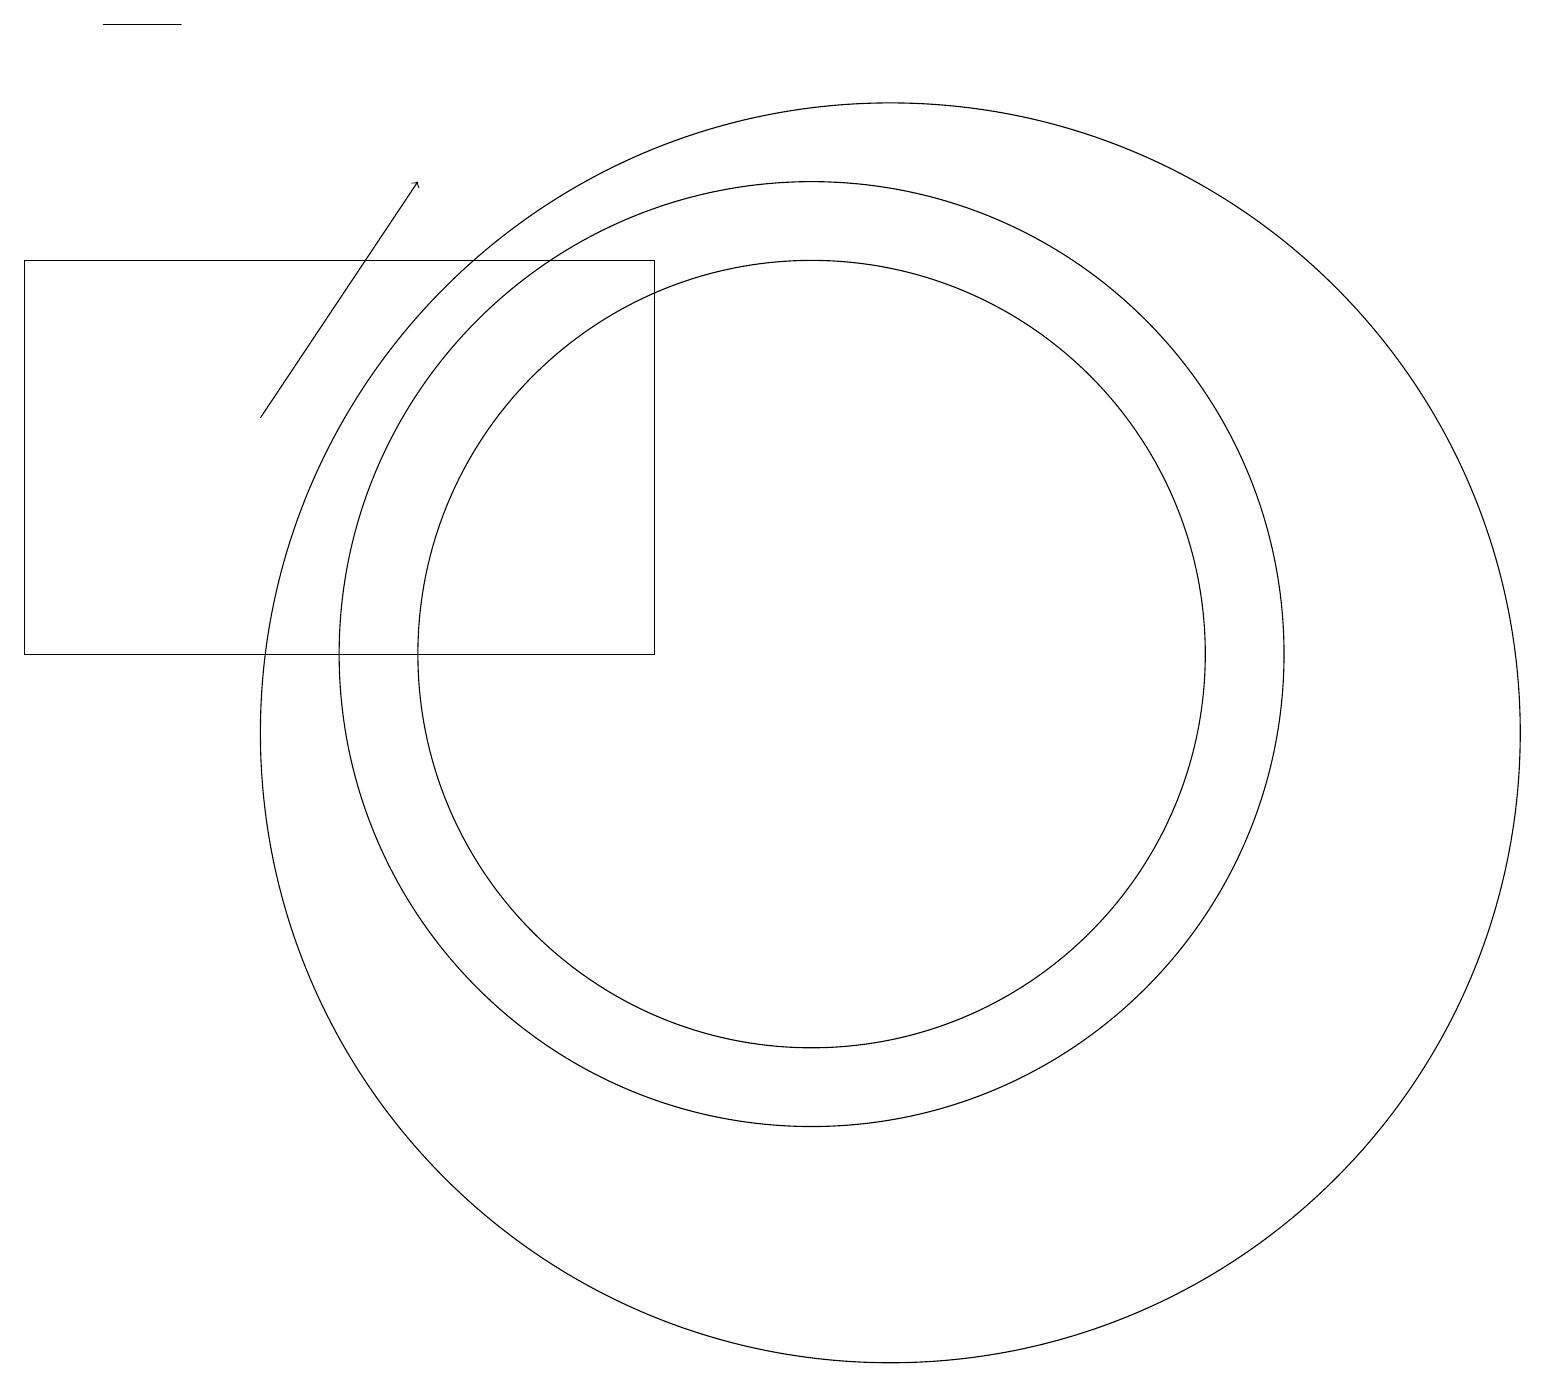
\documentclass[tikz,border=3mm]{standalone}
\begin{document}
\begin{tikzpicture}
\draw (8,11) rectangle (0,16);
\draw (11,10) circle (8);
\draw[->] (3,14) -- (5,17);
\draw (10,11) circle (6);
\draw (10,11) circle (5);
\draw (1,19) rectangle (2,19);
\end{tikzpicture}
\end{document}